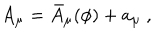
A _ { \mu } = \bar { A } _ { \mu } ( \phi ) + a _ { \mu } \ ,